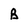
Character: B